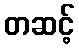
တဆင့်